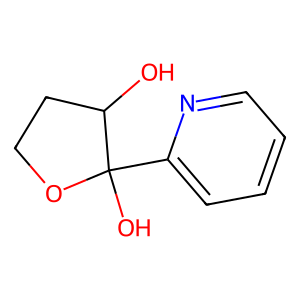
SMILES: OC1CCOC1(O)c1ccccn1
Inhibits HIV replication: No